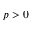
p > 0